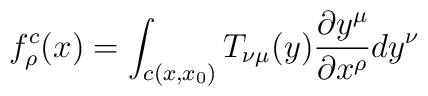
f_{\rho}^{c}(x) = \int_{c(x,x_{0})} T_{\nu \mu}(y)\frac {\partial y^{\mu}}{\partial x^{\rho}} d y^{\nu}